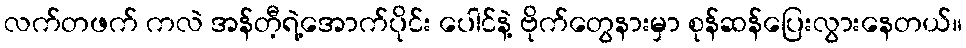
လက်တဖက် ကလဲ အန်တီ့ရဲ့အောက်ပိုင်း ပေါင်နဲ့ ဗိုက်တွေနားမှာ စုန်ဆန်ပြေးလွားနေတယ်။